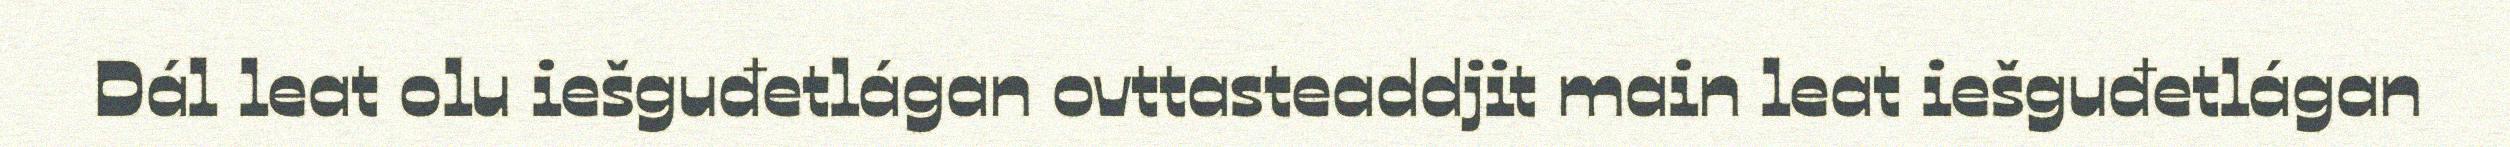
Dál leat olu iešguđetlágan ovttasteaddjit main leat iešguđetlágan